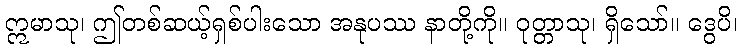
ဣမာသု၊ ဤတစ်ဆယ့်ရှစ်ပါးသော အနုပဿ နာတို့ကို။ ဝုတ္တာသု၊ ရှိသော်။ ဒွေပိ၊